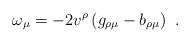
LaTeX: \begin{align*}\omega_{\mu} = -2v^{\rho} \left(g_{\rho\mu} - b_{\rho\mu}\right)\ .\end{align*}